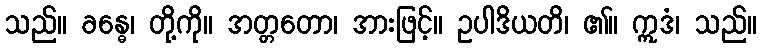
သည်။ ခန္ဓေ၊ တို့ကို။ အတ္တတော၊ အားဖြင့်။ ဥပါဒိယတိ၊ ၏။ ဣဒံ၊ သည်။